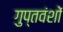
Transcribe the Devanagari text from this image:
गुप्तवंशों